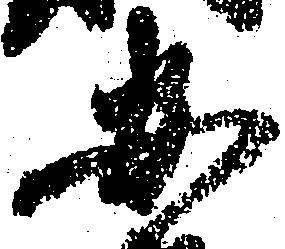
安